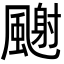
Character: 𩘧